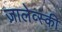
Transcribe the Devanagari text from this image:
ज़ालेव्स्की